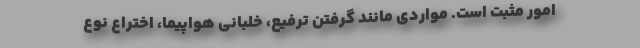
امور مثبت است. مواردی مانند گرفتن ترفیع، خلبانی هواپیما، اختراع نوع